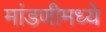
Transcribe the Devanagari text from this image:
मांडणीमध्ये